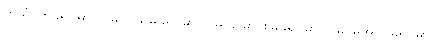
ဟင်္သာတခရိုင်မှာ ၇ မှု၊ ပုသိမ်ခရိုင်မှာ ၂ မှု၊ မြောင်းမြခရိုင်မှာ ၂ မှု၊ မအူပင်ခရိုင်မှာ